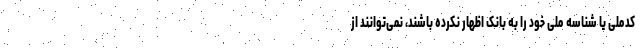
کدملی یا شناسه ملی خود را به بانک اظهار نکرده باشند، نمی‌توانند از